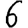
Digit: 6